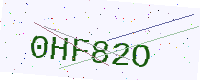
Text: 0HF82O